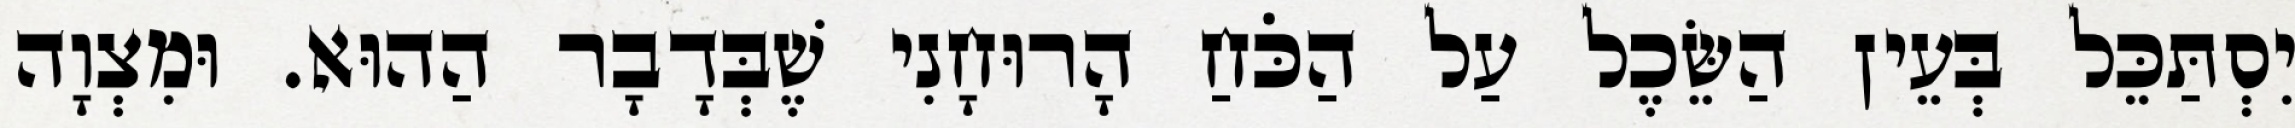
יִסְתַּכֵּל בְּעֵין הַשֵּׂכֶל עַל הַכֹּחַ הָרוּחָנִי שֶׁבְּדָבָר הַהוּא. וּמִצְוָה